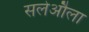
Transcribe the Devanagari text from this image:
सलेऔला